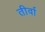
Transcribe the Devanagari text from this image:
तीर्वा